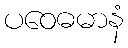
ပဝေဓမာနံ